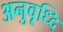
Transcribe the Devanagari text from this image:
अनुवृध्दि